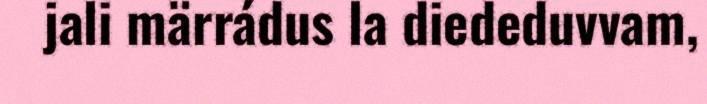
jali märrádus la diededuvvam,